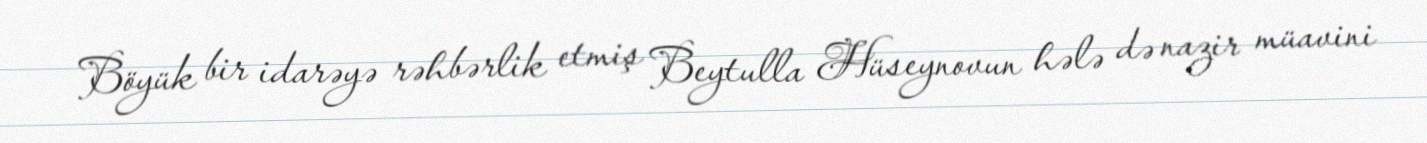
Böyük bir idarəyə rəhbərlik etmiş Beytulla Hüseynovun hələ də nazir müavini